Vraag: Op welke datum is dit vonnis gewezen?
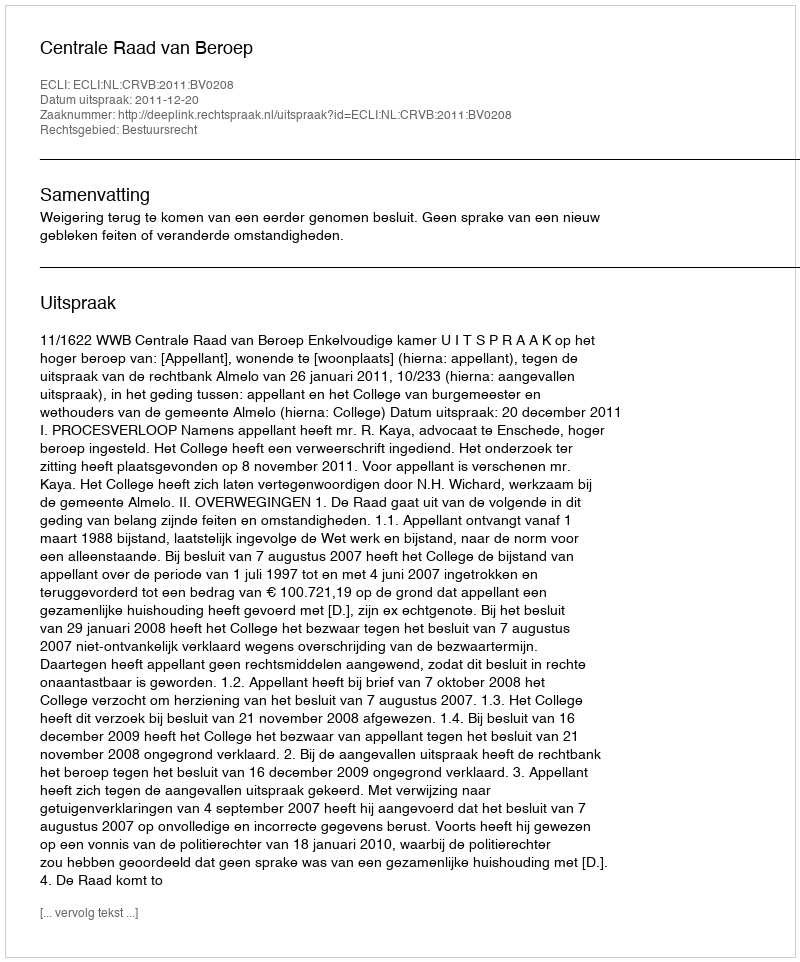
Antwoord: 2011-12-20